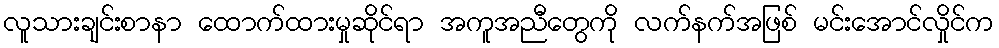
လူသားချင်းစာနာ ထောက်ထားမှုဆိုင်ရာ အကူအညီတွေကို လက်နက်အဖြစ် မင်းအောင်လှိုင်က